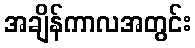
အချိန်ကာလအတွင်း